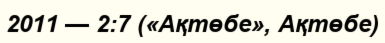
2011 — 2:7 («Ақтөбе», Ақтөбе)